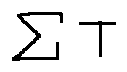
\sum T